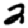
Digit: 2